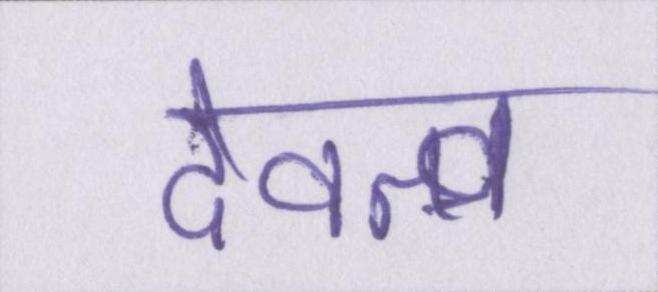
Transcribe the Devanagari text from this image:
देवत्व